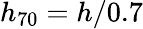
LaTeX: h_{70}=h/0.7